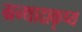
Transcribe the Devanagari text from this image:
ग्रन्थादाकृष्य